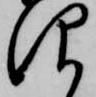
仰